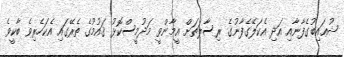
ޝުޢައިބުގެފާނާއި އަދި އެކަލޭގެފާނުގެ ރިސާލަތަށް އީމާންވީ މަދުމީސްކޮޅު ޤައުމުގެ ތެރޭގައި އެކަހެރިވެ ބާކީވެ